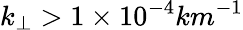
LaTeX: k_{\perp}>1\times 10^{-4}km^{-1}